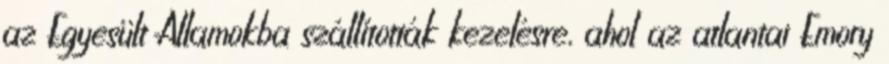
az Egyesült Államokba szállították kezelésre, ahol az atlantai Emory